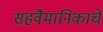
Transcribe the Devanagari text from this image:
सहवैमानिकाचे